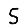
Digit: 5